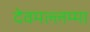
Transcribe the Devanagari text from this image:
देवमल्लम्मा